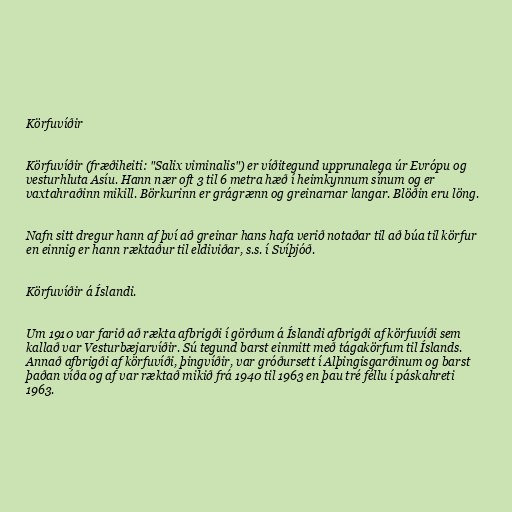
Körfuvíðir

Körfuvíðir (fræðiheiti: "Salix viminalis") er víðitegund upprunalega úr Evrópu og
vesturhluta Asíu. Hann nær oft 3 til 6 metra hæð í heimkynnum sínum og er
vaxtahraðinn mikill. Börkurinn er grágrænn og greinarnar langar. Blöðin eru löng.

Nafn sitt dregur hann af því að greinar hans hafa verið notaðar til að búa til körfur
en einnig er hann ræktaður til eldiviðar, s.s. í Svíþjóð.

Körfuvíðir á Íslandi.

Um 1910 var farið að rækta afbrigði í görðum á Íslandi afbrigði af körfuvíði sem
kallað var Vesturbæjarvíðir. Sú tegund barst einmitt með tágakörfum til Íslands.
Annað afbrigði af körfuvíði, þingvíðir, var gróðursett í Alþingisgarðinum og barst
þaðan víða og af var ræktað mikið frá 1940 til 1963 en þau tré féllu í páskahreti
1963.